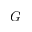
G